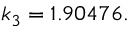
k _ { 3 } = 1 . 9 0 4 7 6 .